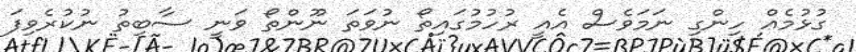
ގުޅުމެއް ހިންގި ނަމަވެސް އެއީ ރުހުމުގައިތޯ ނުވަތަ ނޫންތޯ ވަނީ ސާބިތު ނުކުރެވިފަ